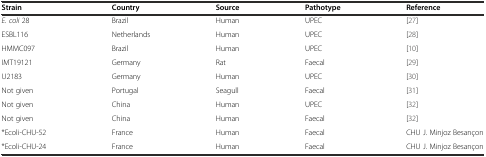
| Strain | Country | Source | Pathotype | Reference |
 | --- | --- | --- | --- | --- |
 | E. coli 28 | Brazil | Human | UPEC | [27] |
 | ESBL116 | Netherlands | Human | UPEC | [28] |
 | HMMC097 | Brazil | Human | UPEC | [10] |
 | IMT19121 | Germany | Rat | Faecal | [29] |
 | U2183 | Germany | Human | UPEC | [30] |
 | Not given | Portugal | Seagull | Faecal | [31] |
 | Not given | China | Human | UPEC | [32] |
 | Not given | China | Human | Faecal | [32] |
 | *Ecoli-CHU-52 | France | Human | Faecal | CHU J. Minjoz Besançon |
 | *Ecoli-CHU-24 | France | Human | Faecal | CHU J. Minjoz Besançon |